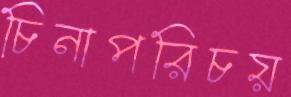
চিনাপরিচয়